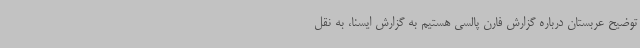
توضیح عربستان درباره گزارش فارن پالسی هستیم به گزارش ایسنا، به نقل